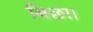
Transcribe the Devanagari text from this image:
बिछा।